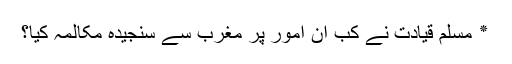
٭ مسلم قیادت نے کب ان امور پر مغرب سے سنجیدہ مکالمہ کیا؟